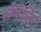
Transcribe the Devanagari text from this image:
लेमेलिन।